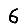
Digit: 6